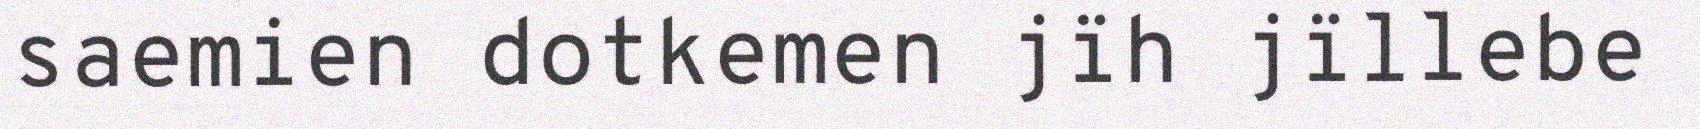
saemien dotkemen jïh jïllebe